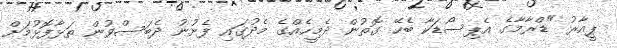
ޕީއާރު "ޑްރާމާގެ އެޕިސޯޑަކާ ބެހޭ ގޮތުން ދެމީހެއްގެ މެދުގައި ފެށުނު ދެބަސްވުން ތަޅާފޮޅުމަށް